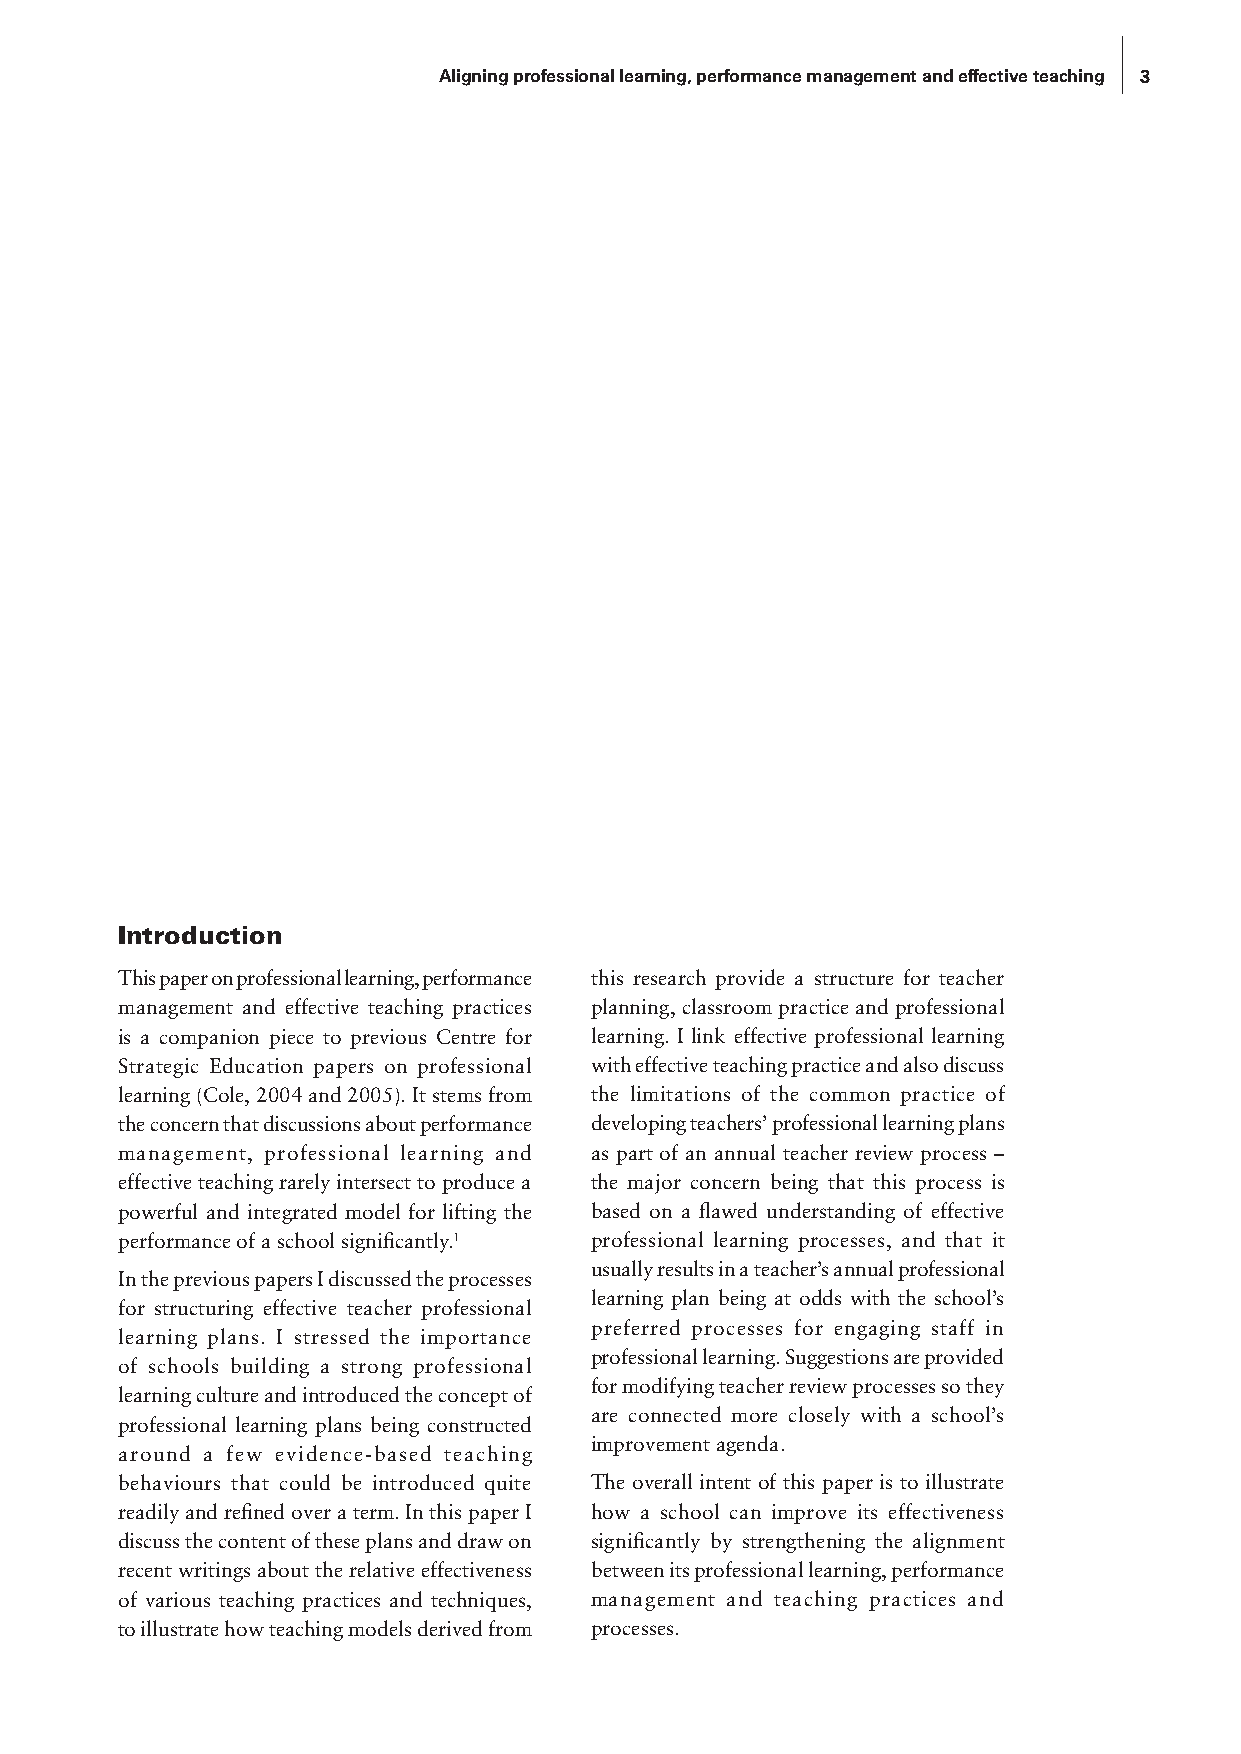
Aligning professional learning, performance management and effective teaching 3
 Introduction
 This paper on professional learning, performance this research provide a structure for teacher
 management and effective teaching practices planning, classroom practice and professional
 is a companion piece to previous Centre for learning. I link effective professional learning
 Strategic Education papers on professional with effective teaching practice and also discuss
 learning (Cole, 2004 and 2005). It stems from the limitations of the common practice of
 the concern that discussions about performance developing teachers’ professional learning plans
 management, professional learning and as part of an annual teacher review process –
 effective teaching rarely intersect to produce a the major concern being that this process is
 powerful and integrated model for lifting the based on a flawed understanding of effective
 performance of a school significantly.1 professional learning processes, and that it
 usually results in a teacher’s annual professional
 In the previous papers I discussed the processes
 learning plan being at odds with the school’s
 for structuring effective teacher professional
 preferred processes for engaging staff in
 learning plans. I stressed the importance
 professional learning. Suggestions are provided
 of schools building a strong professional
 for modifying teacher review processes so they
 learning culture and introduced the concept of
 are connected more closely with a school’s
 professional learning plans being constructed
 improvement agenda.
 around a few evidence-based teaching
 behaviours that could be introduced quite The overall intent of this paper is to illustrate
 readily and refined over a term. In this paper I how a school can improve its effectiveness
 discuss the content of these plans and draw on significantly by strengthening the alignment
 recent writings about the relative effectiveness between its professional learning, performance
 of various teaching practices and techniques, management and teaching practices and
 to illustrate how teaching models derived from processes.